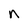
Character: n